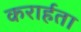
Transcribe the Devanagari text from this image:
करार्हता